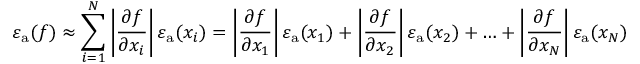
\varepsilon _ { \mathrm { { a } } } ( f ) \approx \sum _ { i = 1 } ^ { N } \left| { \frac { \partial f } { \partial x _ { i } } } \right| \varepsilon _ { \mathrm { { a } } } ( x _ { i } ) = \left| { \frac { \partial f } { \partial x _ { 1 } } } \right| \varepsilon _ { \mathrm { { a } } } ( x _ { 1 } ) + \left| { \frac { \partial f } { \partial x _ { 2 } } } \right| \varepsilon _ { \mathrm { { a } } } ( x _ { 2 } ) + \ldots + \left| { \frac { \partial f } { \partial x _ { N } } } \right| \varepsilon _ { \mathrm { { a } } } ( x _ { N } )